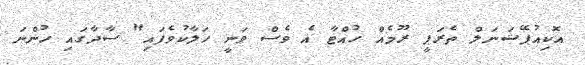
އޮކިއުޕޭޝަނަލް ތެރަޕީ ރޫމެއް ހުއްޓާ އެ ވެސް ވަނީ ހަލާކުވެފައި" ސާދާގައި ހުންނަ